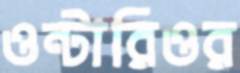
ওন্টারিওর